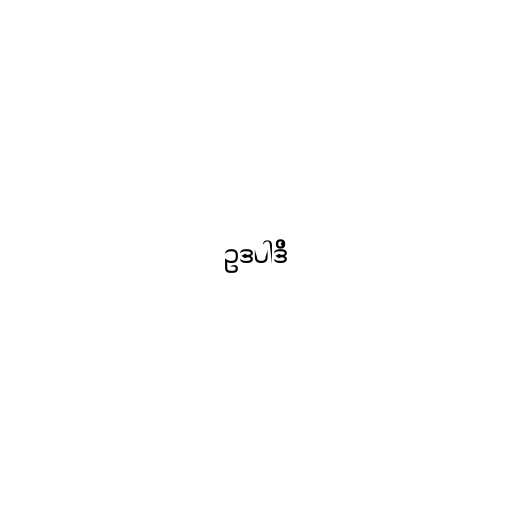
ဥဒပါဒိ